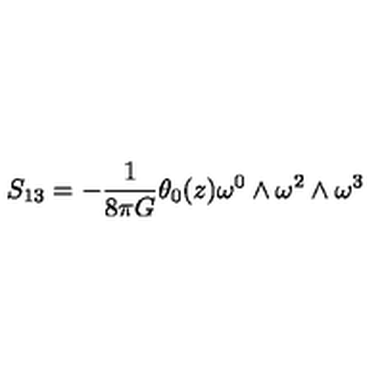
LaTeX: S _ { 1 3 } = - \frac { 1 } { 8 { \pi } G } { \theta } _ { 0 } ( z ) { \omega } ^ { 0 } \wedge { \omega } ^ { 2 } \wedge { \omega } ^ { 3 }